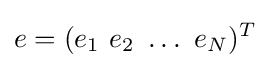
e=(e_{1}~e_{2}~\ldots ~e_{N})^{T}